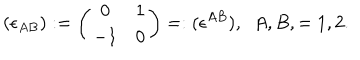
( \epsilon _ { A B } ) : = \left( \begin{matrix} { { 0 } } & { { 1 } } \\ { { - 1 } } & { { 0 } } \\ \end{matrix} \right) = : ( \epsilon ^ { A B } ) , \ \ A , B , = 1 , 2 .